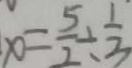
x = \frac { 5 } { 2 } \div \frac { 1 } { 3 }